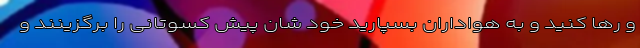
و رها کنید و به هواداران بسپارید خود شان پیش کسوتانی را برگزینند و